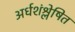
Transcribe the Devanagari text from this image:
अर्धशंश्लेषित